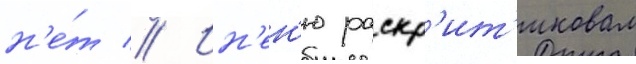
н'е́т // Ин'ен'ю раскр'ит'иковал